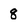
Character: 8